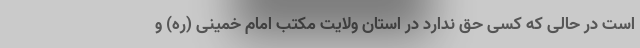
است در حالی که کسی حق ندارد در استان ولایت مکتب امام خمینی (ره) و